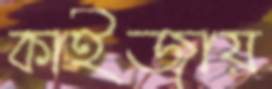
কাইজায়